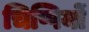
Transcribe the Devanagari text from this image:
चिप्पियों